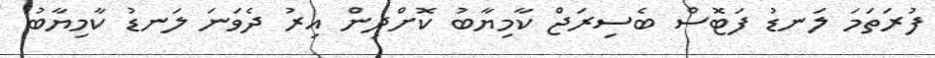
ފުރަތަމަ ލަނޑު ފަޓޮސް ބެސިރަޖް ކާމިޔާބު ކޮށްދިން އިރު ދެވަނަ ލަނޑު ކާމިޔާބު